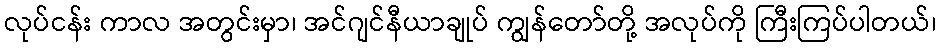
လုပ်ငန်း ကာလ အတွင်းမှာ၊ အင်ဂျင်နီယာချုပ် ကျွန်တော်တို့ အလုပ်ကို ကြီးကြပ်ပါတယ်၊